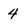
Character: 4